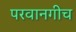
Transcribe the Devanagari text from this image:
परवानगीच